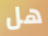
هل